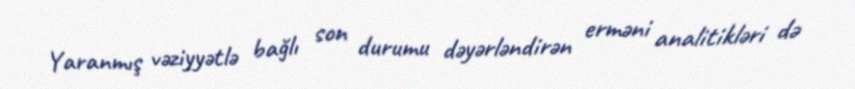
Yaranmış vəziyyətlə bağlı son durumu dəyərləndirən erməni analitikləri də